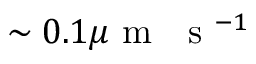
\sim 0 . 1 \mu \mathrm { ~ m ~ ~ ~ s ~ } ^ { - 1 }